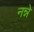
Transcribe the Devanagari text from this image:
नन्ने